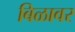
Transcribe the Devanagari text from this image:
बिळावर